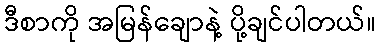
ဒီစာကို အမြန်ချောနဲ့ ပို့ချင်ပါတယ်။